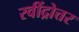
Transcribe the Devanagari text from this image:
रवींद्रोत्तर